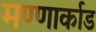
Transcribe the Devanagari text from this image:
मण्णार्काड